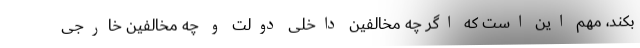
بکند، مهم این است که اگر چه مخالفین داخلی دولت و چه مخالفین خارجی